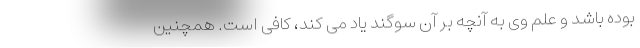
بوده باشد و علم وی به آنچه بر آن سوگند یاد می کند، کافی است. همچنین